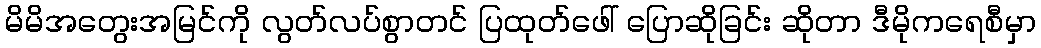
မိမိအတွေးအမြင်ကို လွတ်လပ်စွာတင် ပြထုတ်ဖေါ် ပြောဆိုခြင်း ဆိုတာ ဒီမိုကရေစီမှာ